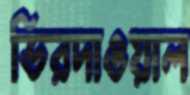
ভিরদাওয়াল